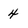
Character: 4